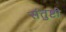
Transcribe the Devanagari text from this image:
संतुष्टी